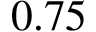
0 . 7 5